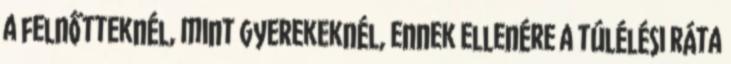
a felnőtteknél, mint gyerekeknél, ennek ellenére a túlélési ráta